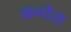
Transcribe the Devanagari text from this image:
कनोस